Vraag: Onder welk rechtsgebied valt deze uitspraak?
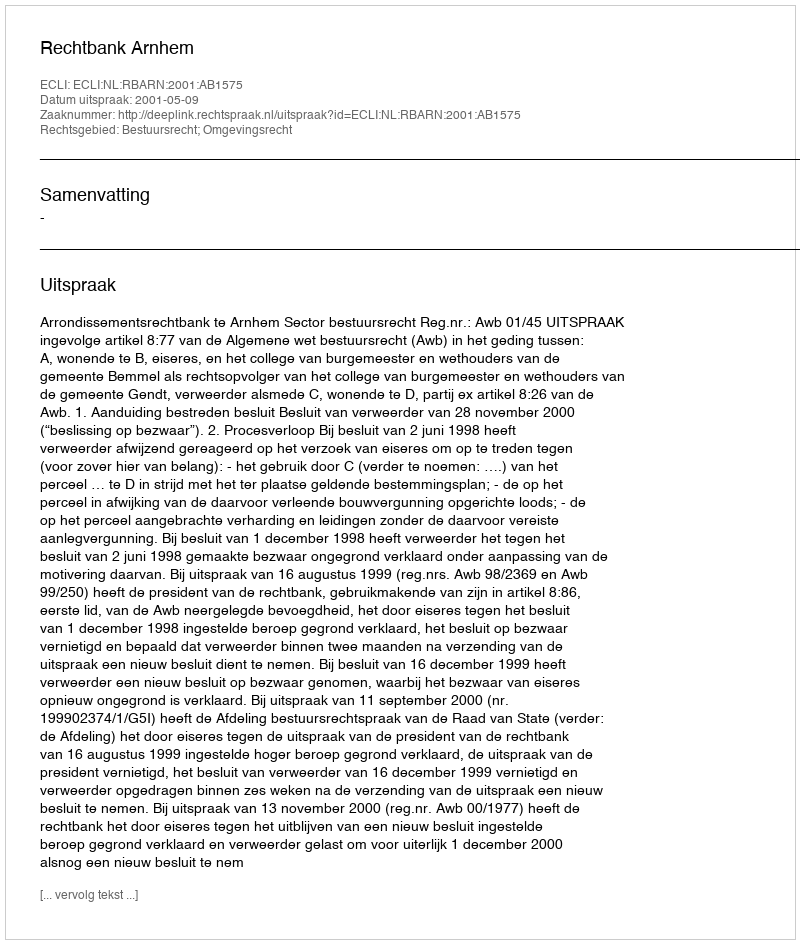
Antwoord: Bestuursrecht; Omgevingsrecht